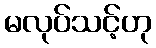
မလုပ်သင့်ဟု